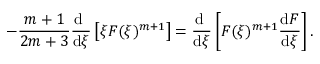
- \frac { m + 1 } { 2 m + 3 } \frac { \mathrm { d } ~ } { \mathrm { d } \xi } \left[ \xi F ( \xi ) ^ { m + 1 } \right] = \frac { \mathrm { d } ~ } { \mathrm { d } \xi } \left[ F ( \xi ) ^ { m + 1 } \frac { \mathrm { d } F } { \mathrm { d } \xi } \right] .